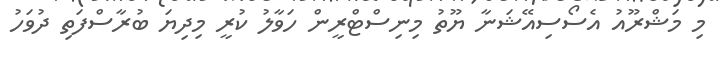
މި މަޝްރޫއު އެސޯސިއޭޝަނާ ޔޫތު މިނިސްޓްރީން ހަވާލު ކުރީ މިދިޔަ ބުރާސްފަތި ދުވަހު